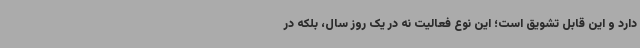
دارد و این قابل تشویق است؛ این نوع فعالیت نه در یک روز سال، بلکه در